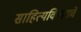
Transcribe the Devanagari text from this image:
साहित्यविचाराचे